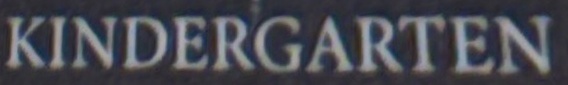
KINDERGARTEN